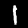
Label: 1